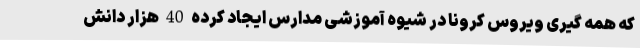
که همه گیری ویروس کرونا در شیوه آموزشی مدارس ایجاد کرده 40 هزار دانش